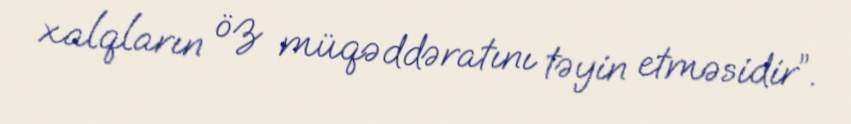
xalqların öz müqəddəratını təyin etməsidir”.